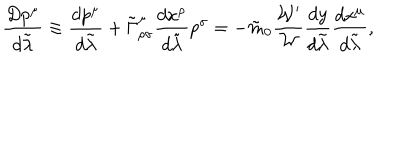
LaTeX: { \frac { D p ^ { \mu } } { d \tilde { \lambda } } } \equiv { \frac { d p ^ { \mu } } { d \tilde { \lambda } } } + \tilde { \Gamma } _ { \rho \sigma } ^ { \mu } { \frac { d x ^ { \rho } } { d \tilde { \lambda } } } p ^ { \sigma } = - \tilde { m } _ { 0 } { \frac { { \cal W } ^ { \prime } } { \cal W } } { \frac { d y } { d \tilde { \lambda } } } { \frac { d x ^ { \mu } } { d \tilde { \lambda } } } ,